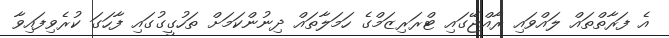
އެ ފަރާތްތައް ލައްވައި ރާއްޖޭގައި ޓްރަރިޒަމްގެ ހަމަލާތައް ދިނުންކަމަށް ތަހުގީގުގައި ފާހަގަ ކުރެވިފައިވާ